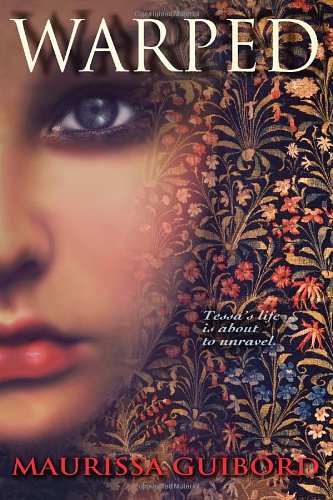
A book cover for Warped; Maurissa Guibord; Teen & Young Adult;